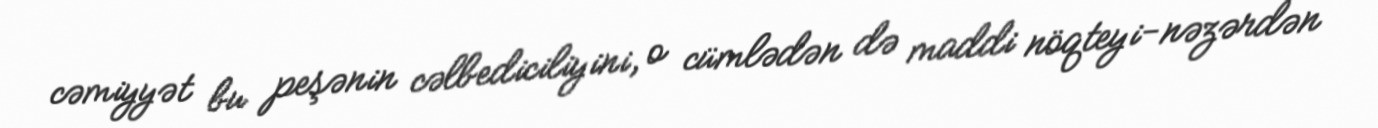
cəmiyyət bu peşənin cəlbediciliyini, o cümlədən də maddi nöqteyi-nəzərdən